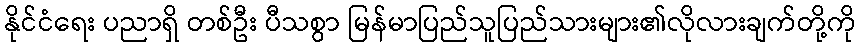
နိုင်ငံရေး ပညာရှိ တစ်ဦး ပီသစွာ မြန်မာပြည်သူပြည်သားများ၏လိုလားချက်တို့ကို